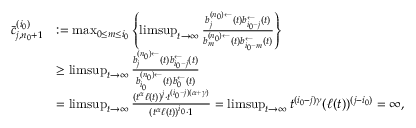
\begin{array} { r l } { \bar { c } _ { j , n _ { 0 } + 1 } ^ { ( i _ { 0 } ) } } & { : = \operatorname* { m a x } _ { 0 \le m \le i _ { 0 } } \left\{ \operatorname* { l i m s u p } _ { t \to \infty } \frac { b _ { j } ^ { ( n _ { 0 } ) \leftarrow } ( t ) b _ { i _ { 0 } - j } ^ { \leftarrow } ( t ) } { b _ { m } ^ { ( n _ { 0 } ) \leftarrow } ( t ) b _ { i _ { 0 } - m } ^ { \leftarrow } ( t ) } \right\} } \\ & { \ge \operatorname* { l i m s u p } _ { t \to \infty } \frac { b _ { j } ^ { ( n _ { 0 } ) \leftarrow } ( t ) b _ { i _ { 0 } - j } ^ { \leftarrow } ( t ) } { b _ { i _ { 0 } } ^ { ( n _ { 0 } ) \leftarrow } ( t ) b _ { 0 } ^ { \leftarrow } ( t ) } } \\ & { = \operatorname* { l i m s u p } _ { t \to \infty } \frac { ( t ^ { \alpha } \ell ( t ) ) ^ { j } \cdot t ^ { ( i _ { 0 } - j ) ( \alpha + \gamma ) } } { ( t ^ { \alpha } \ell ( t ) ) ^ { i _ { 0 } } \cdot 1 } = \operatorname* { l i m s u p } _ { t \to \infty } t ^ { ( i _ { 0 } - j ) \gamma } ( \ell ( t ) ) ^ { ( j - i _ { 0 } ) } = \infty , } \end{array}